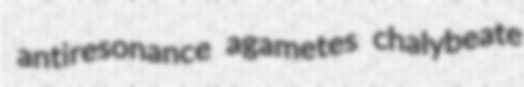
antiresonance agametes chalybeate